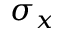
\sigma _ { x }